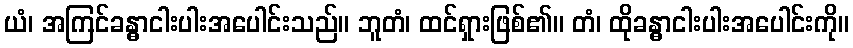
ယံ၊ အကြင်ခန္ဓာငါးပါးအပေါင်းသည်။ ဘူတံ၊ ထင်ရှားဖြစ်၏။ တံ၊ ထိုခန္ဓာငါးပါးအပေါင်းကို။